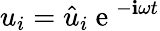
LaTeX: u_{i}=\hat{u}_{i}\mathrm{~e~}^{-\textbf{i}\omega t}